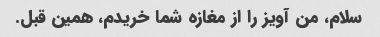
سلام، من آویز را از مغازه شما خریدم، همین قبل.